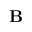
\mathbf { B }